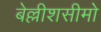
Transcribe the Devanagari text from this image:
बेल्लीशसीमो